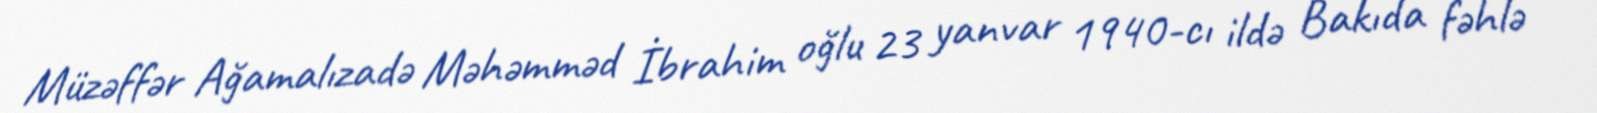
Müzəffər Ağamalızadə Məhəmməd İbrahim oğlu 23 yanvar 1940-cı ildə Bakıda fəhlə